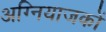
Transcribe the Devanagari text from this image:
अग्नियाजकों